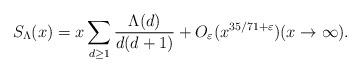
LaTeX: \begin{align*}S_{\Lambda}(x)= x\sum_{d\ge 1}\frac{\Lambda(d)}{d(d+1)} + O_{\varepsilon}(x^{35/71+\varepsilon})(x\to\infty).\end{align*}